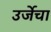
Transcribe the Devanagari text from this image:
उर्जेचा